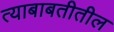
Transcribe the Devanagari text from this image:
त्‍याबाबतीतील